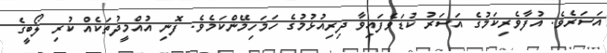
އަސަރެވެ. އުފާވެރިކަމުގެ އަސަރު ކުޑަވެފައިވާ ދިރިއުޅުމުގެ ހަމަހިމޭންކަމެވެ. ފޮނި އުއްމީދުތަކެއް ކުރި ލޯބީގެ